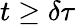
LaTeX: t\ge\delta\tau